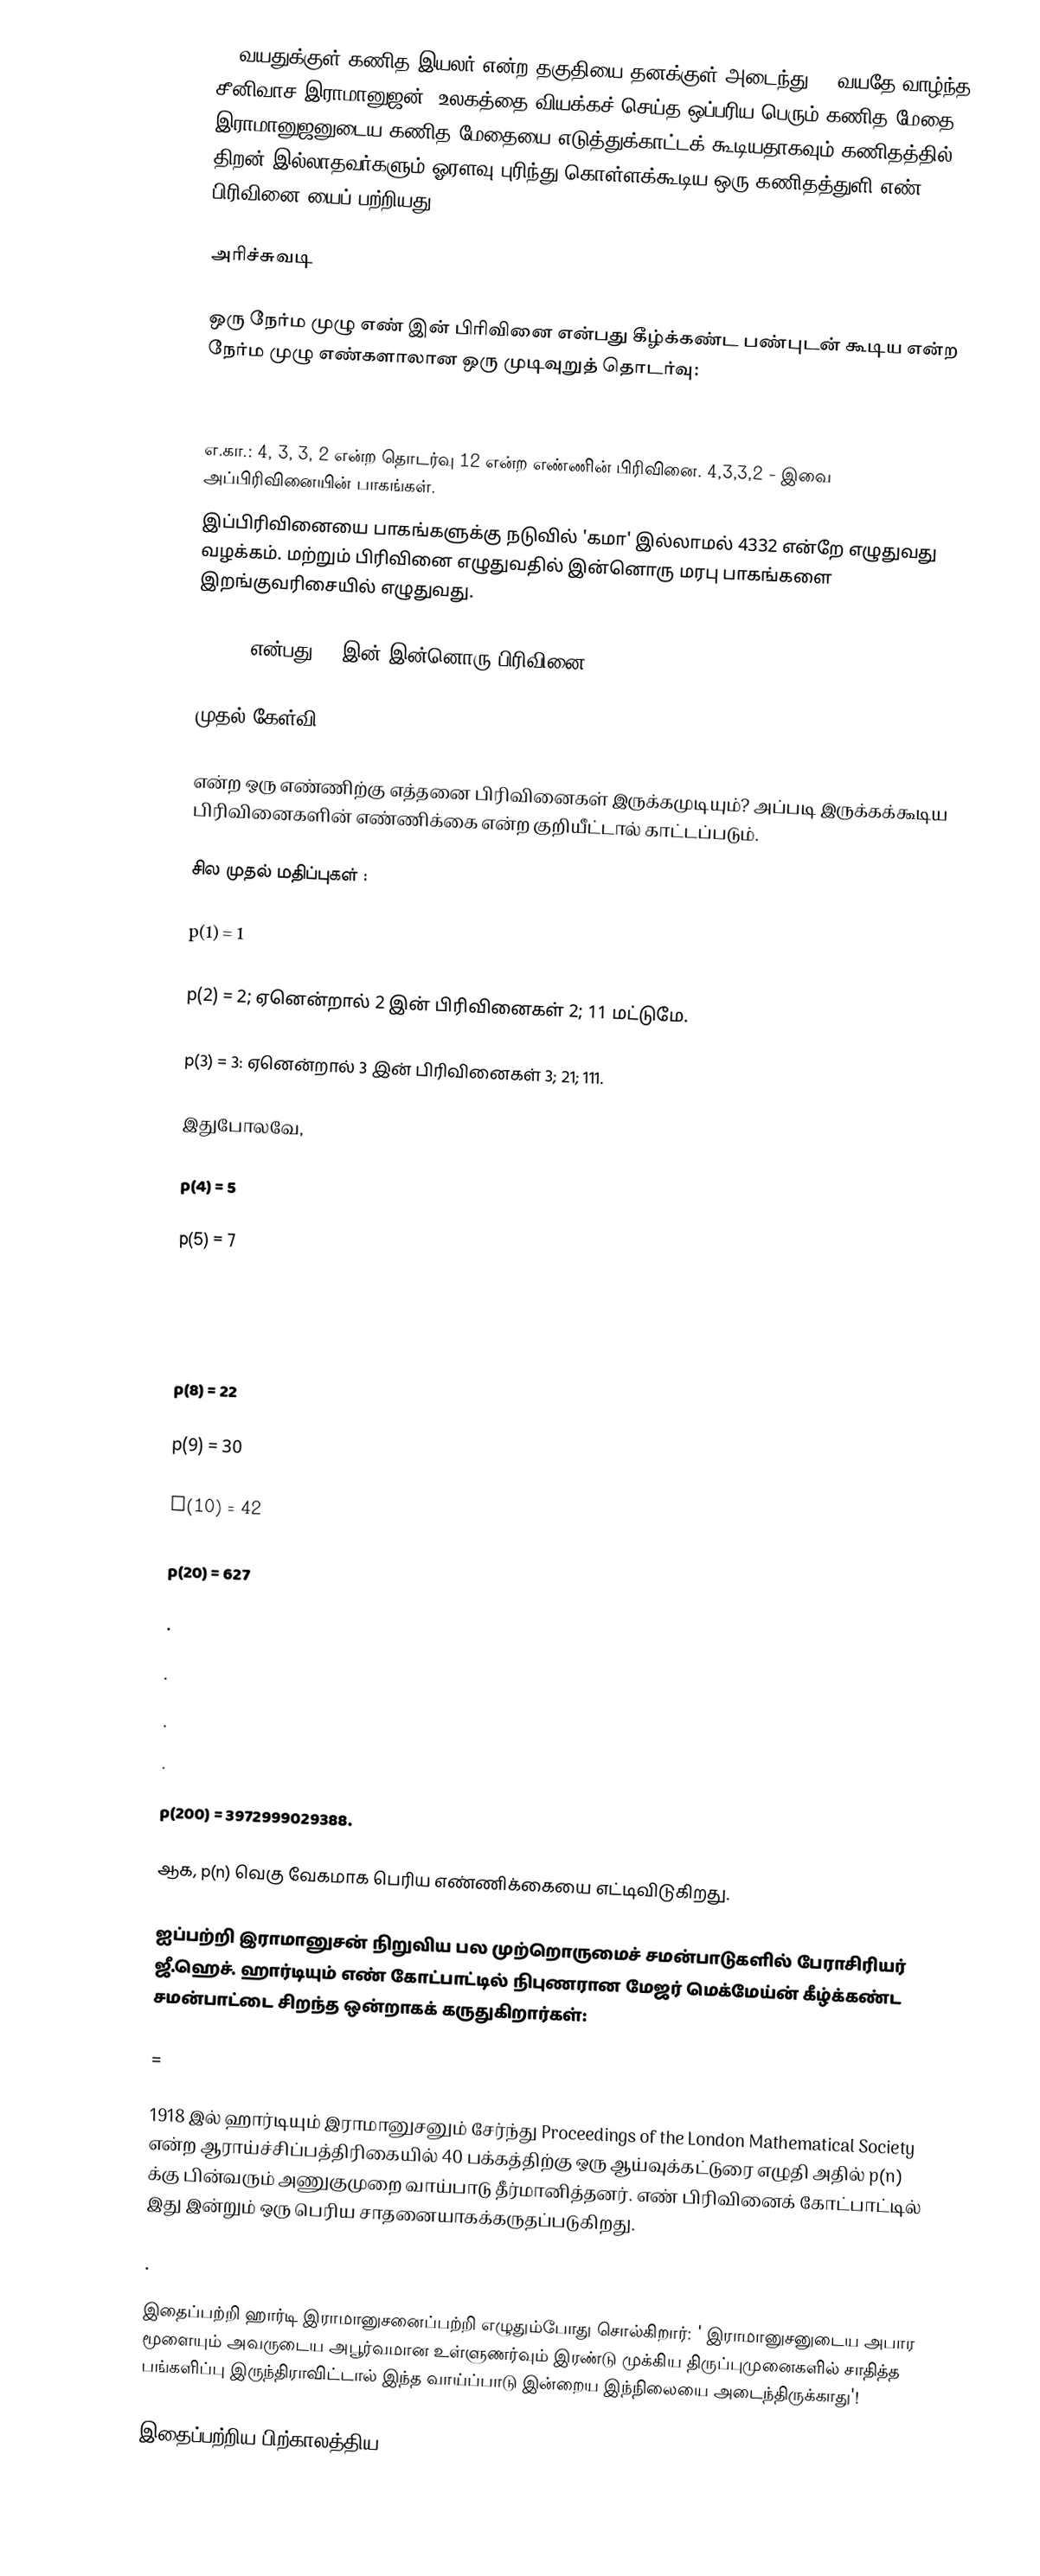
16 வயதுக்குள் கணித இயலர் என்ற தகுதியை தனக்குள் அடைந்து 32 வயதே வாழ்ந்த  சீனிவாச இராமானுஜன், உலகத்தை வியக்கச் செய்த ஒப்பரிய பெரும் கணித மேதை. இராமானுஜனுடைய கணித மேதையை எடுத்துக்காட்டக் கூடியதாகவும் கணிதத்தில் திறன் இல்லாதவர்களும் ஓரளவு புரிந்து கொள்ளக்கூடிய  ஒரு கணிதத்துளி  எண் பிரிவினை யைப் பற்றியது.

அரிச்சுவடி

ஒரு நேர்ம முழு எண்  இன்  பிரிவினை என்பது  கீழ்க்கண்ட பண்புடன் கூடிய  என்ற நேர்ம முழு எண்களாலான  ஒரு முடிவுறுத் தொடர்வு:

எ.கா.: 4, 3, 3, 2 என்ற தொடர்வு 12 என்ற எண்ணின் பிரிவினை. 4,3,3,2 - இவை அப்பிரிவினையின் பாகங்கள்.
இப்பிரிவினையை   பாகங்களுக்கு நடுவில் 'கமா' இல்லாமல்  4332 என்றே எழுதுவது வழக்கம். மற்றும் பிரிவினை எழுதுவதில் இன்னொரு மரபு பாகங்களை இறங்குவரிசையில் எழுதுவது.

 522111 என்பது 12 இன் இன்னொரு பிரிவினை.

முதல் கேள்வி

 என்ற ஒரு எண்ணிற்கு எத்தனை பிரிவினைகள் இருக்கமுடியும்? அப்படி இருக்கக்கூடிய பிரிவினைகளின் எண்ணிக்கை    என்ற குறியீட்டால் காட்டப்படும்.

சில முதல் மதிப்புகள் :

p(1) = 1

p(2) = 2; ஏனென்றால்  2 இன் பிரிவினைகள்  2; 11 மட்டுமே.

p(3) = 3: ஏனென்றால்  3 இன் பிரிவினைகள்  3; 21; 111.

இதுபோலவே,

p(4) = 5

p(5) = 7

p(6) = 11

p(7) = 15

p(8) = 22

p(9) =  30

p(10) = 42

p(20) = 627

.

.

.

.

p(200) = 3972999029388.

ஆக, p(n) வெகு வேகமாக பெரிய எண்ணிக்கையை எட்டிவிடுகிறது.

 ஐப்பற்றி இராமானுசன் நிறுவிய பல முற்றொருமைச் சமன்பாடுகளில் பேராசிரியர் ஜீ.ஹெச். ஹார்டியும் எண் கோட்பாட்டில் நிபுணரான மேஜர் மெக்மேய்ன் கீழ்க்கண்ட சமன்பாட்டை சிறந்த ஒன்றாகக் கருதுகிறார்கள்:

  =

1918 இல் ஹார்டியும் இராமானுசனும் சேர்ந்து Proceedings of the London Mathematical Society என்ற ஆராய்ச்சிப்பத்திரிகையில் 40 பக்கத்திற்கு ஒரு ஆய்வுக்கட்டுரை எழுதி அதில் p(n)  க்கு பின்வரும்  அணுகுமுறை வாய்பாடு தீர்மானித்தனர். எண் பிரிவினைக் கோட்பாட்டில் இது இன்றும் ஒரு பெரிய சாதனையாகக்கருதப்படுகிறது.

.

இதைப்பற்றி ஹார்டி இராமானுசனைப்பற்றி எழுதும்போது சொல்கிறார்: ' இராமானுசனுடைய அபார மூளையும் அவருடைய அபூர்வமான உள்ளுணர்வும் இரண்டு முக்கிய திருப்புமுனைகளில்  சாதித்த பங்களிப்பு இருந்திராவிட்டால்  இந்த வாய்ப்பாடு இன்றைய இந்நிலையை அடைந்திருக்காது'!

இதைப்பற்றிய பிற்காலத்திய